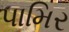
પામિર